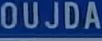
OUJDA